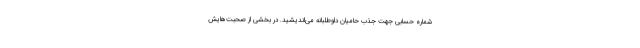
شماره حسابی جهت جذب حامیان داوطلبانه می‌اندیشید. در بخشی از صحبت‌هایش